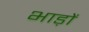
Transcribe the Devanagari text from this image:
भाड़ों